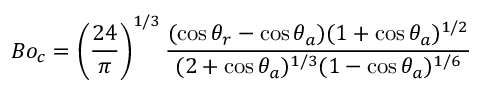
B o _ { c } = \left( \frac { 2 4 } { \pi } \right) ^ { 1 / 3 } \frac { ( \cos { \theta _ { r } } - \cos { \theta _ { a } } ) ( 1 + \cos { \theta _ { a } } ) ^ { 1 / 2 } } { ( 2 + \cos { \theta _ { a } } ) ^ { 1 / 3 } ( 1 - \cos { \theta _ { a } } ) ^ { 1 / 6 } }